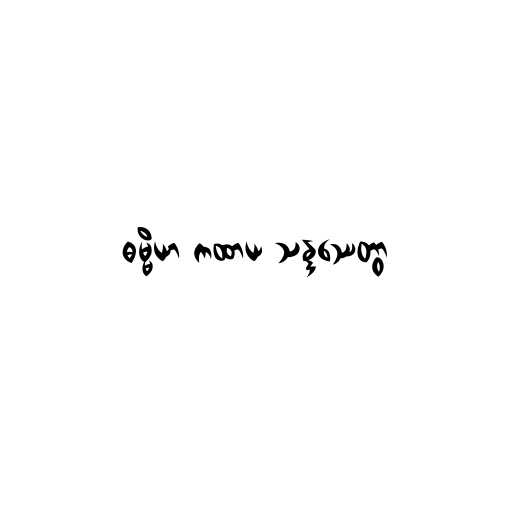
ဓမ္မိယာ ကထာယ သန္ဒဿေတွာ